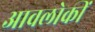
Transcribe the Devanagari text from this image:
आवलोकीं